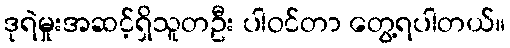
ဒုရဲမှုးအဆင့်ရှိသူတဦး ပါဝင်တာ တွေ့ရပါတယ်။